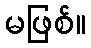
မဖြစ်။